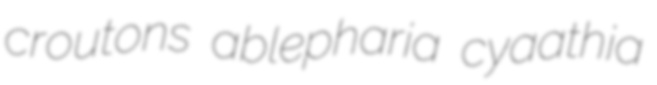
croutons ablepharia cyaathia